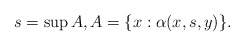
\begin{align*}s=\sup A, A = \{ x : \alpha(x,s,y)\}.\end{align*}